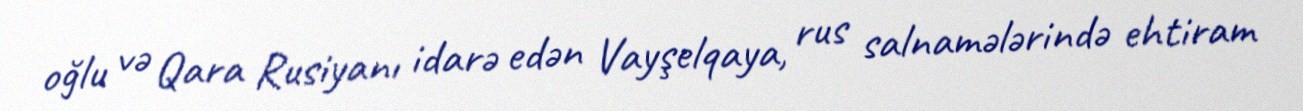
oğlu və Qara Rusiyanı idarə edən Vayşelqaya, rus salnamələrində ehtiram